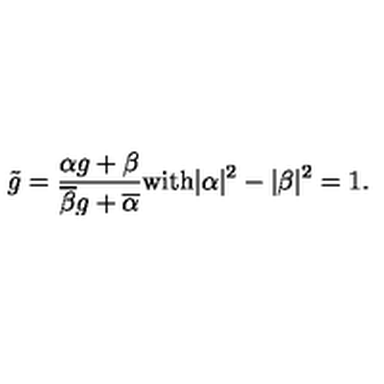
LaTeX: \tilde { g } = \frac { \alpha g + \beta } { \overline { { \beta } } g + \overline { { \alpha } } } \mathrm { w i t h } | \alpha | ^ { 2 } - | \beta | ^ { 2 } = 1 .